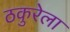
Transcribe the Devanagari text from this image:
ठकुरेला